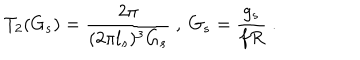
T _ { 2 } ( G _ { s } ) = \frac { 2 \pi } { ( 2 \pi l _ { s } ) ^ { 3 } G _ { s } } \ , \ G _ { s } = \frac { g _ { s } } { f R } \ .